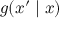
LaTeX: g ( x ^ { \prime } \mid x )